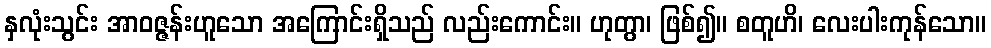
နှလုံးသွင်း အာဝဇ္ဇန်းဟူသော အကြောင်းရှိသည် လည်းကောင်း။ ဟုတွာ၊ ဖြစ်၍။ စတူဟိ၊ လေးပါးကုန်သော။